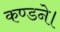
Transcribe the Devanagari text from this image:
कण्डने।